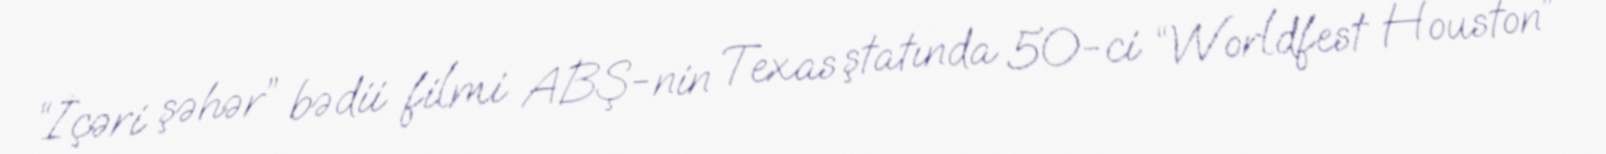
“İçəri şəhər” bədii filmi ABŞ-nin Texas ştatında 50-ci “Worldfest Houston”